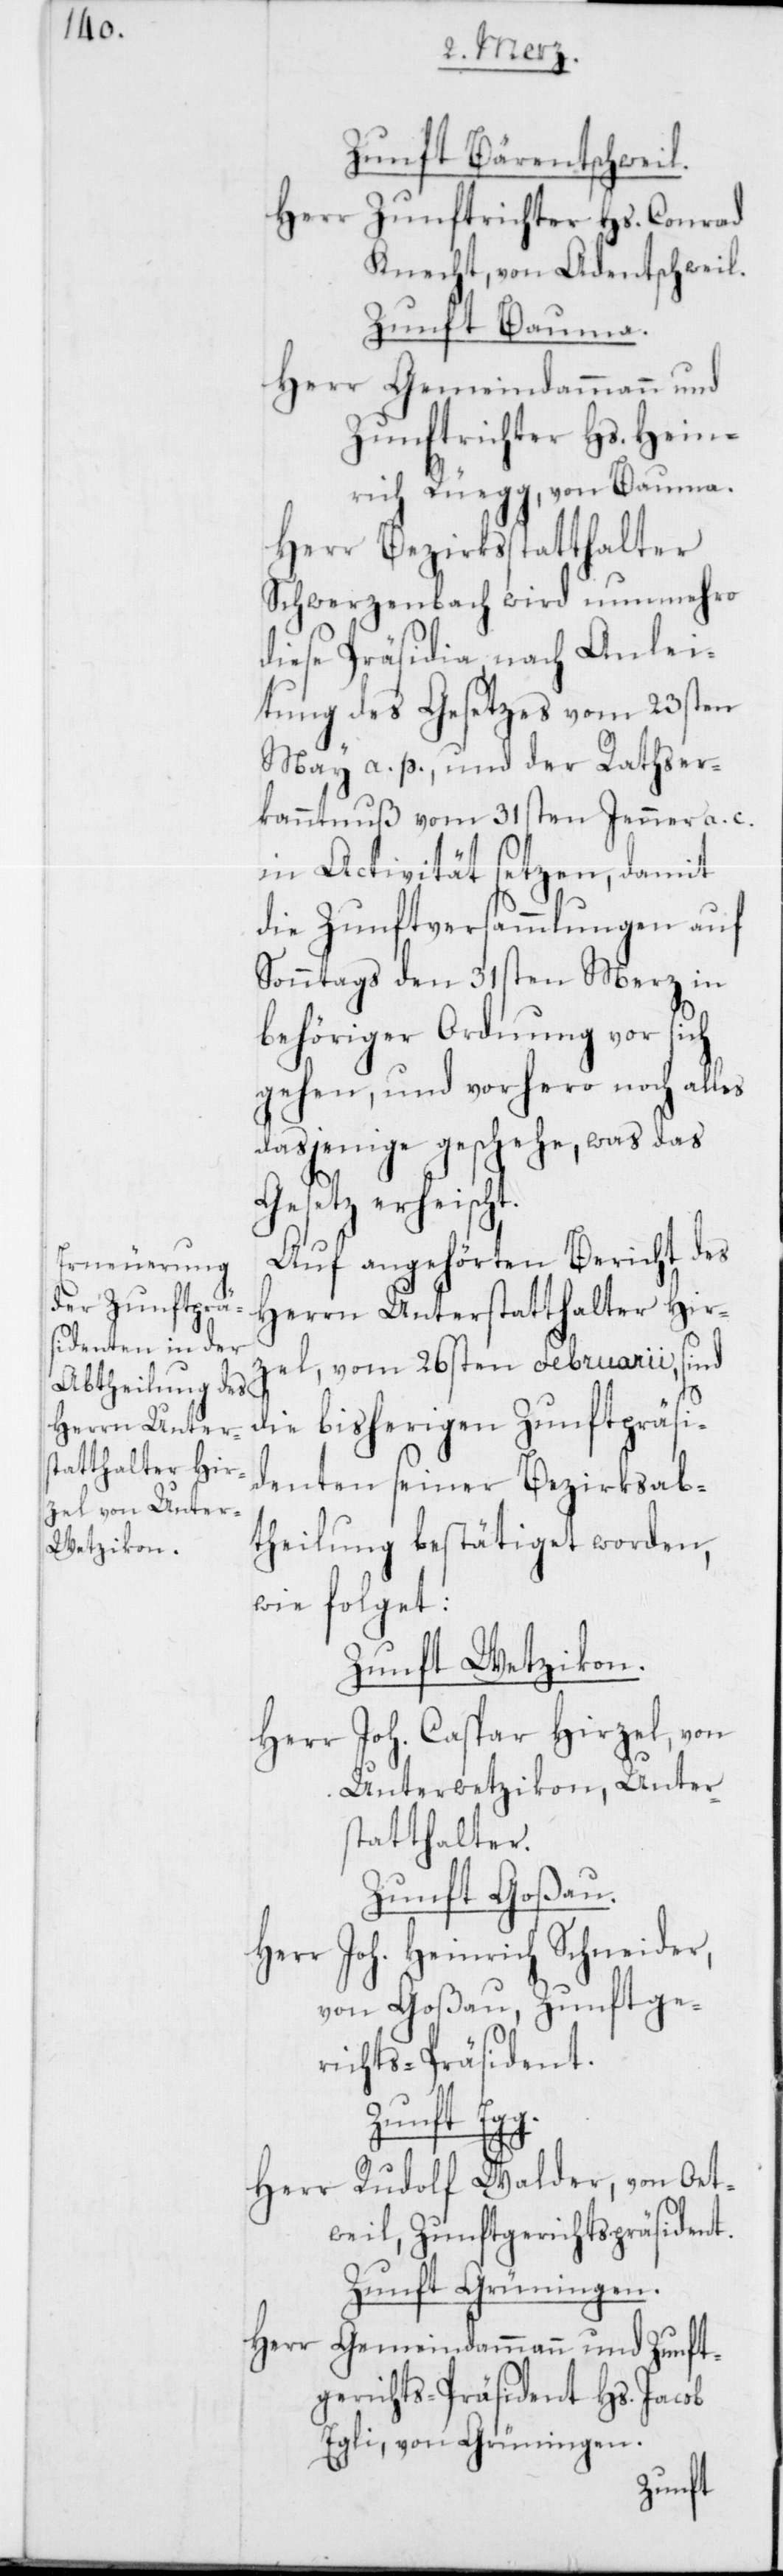
Zunft Bärentschweil.
Herr Zunftrichter Hs. Conrad
Knecht, von Adentschweil.
Zunft Bauma.
Herr Gemeindammann und
Zunftrichter Hs. Hein¬
rich Rüegg, von Bauma.
Herr Bezirksstatthalter
Schwerzenbach wird nunmehro
diese Präsidia, nach Anlei¬
tung des Gesetzes vom 23sten
May a. p. und der Rathser¬
kanntnuß vom 31sten Jenner a. c.
in Activität setzen, damit
die Zunftversammlungen auf
Sonntags den 31sten Merz in
behöriger Ordnung vor sich
gehen, und vorhero noch alles
dasjenige geschehe, was das
Gesetz erheischt.
Auf angehörten Bericht des
Herrn Unterstatthalter Hir¬
zel, vom 26sten Februarii, sind
die bisherigen Zunftpräsi¬
denten seiner Bezirksab¬
theilung bestätiget worden,
wie folget:
Zunft Wetzikon.
Herr Joh. Caspar Hirzel, von
Unterwetzikon, Unter¬
statthalter.
Zunft Goßau.
Herr Joh. Heinrich Schneider,
von Goßau, Zunftge¬
richts-Präsident.
Zunft Egg.
Herr Rudolf Walder, von Oet¬
weil, Zunftgerichtspräsident.
Zunft Grüningen.
Herr Gemeindammann und Zunft¬
gerichts-Präsident Hs. Jacob
Egli, von Grüningen.